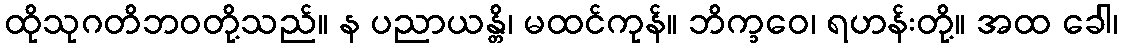
ထိုသုဂတိဘဝတို့သည်။ န ပညာယန္တိ၊ မထင်ကုန်။ ဘိက္ခဝေ၊ ရဟန်းတို့။ အထ ခေါ၊